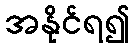
အနိုင်ရ၍